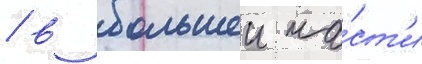
/ в большеи ча́ст'и